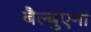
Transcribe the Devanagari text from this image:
बैल्बुएना